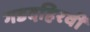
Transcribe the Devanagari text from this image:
गडदहिरवी